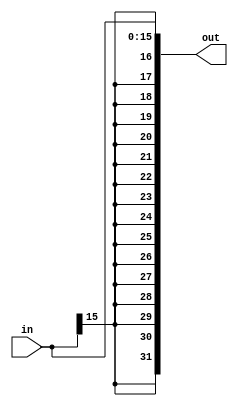
module SignExtender (
    input [15:0] in, // valor de entrada
    output [31:0] out // valor estendido
);

    assign out = {{16{in[15]}}, in};

endmodule